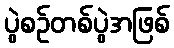
ပွဲစဉ်တစ်ပွဲအဖြစ်